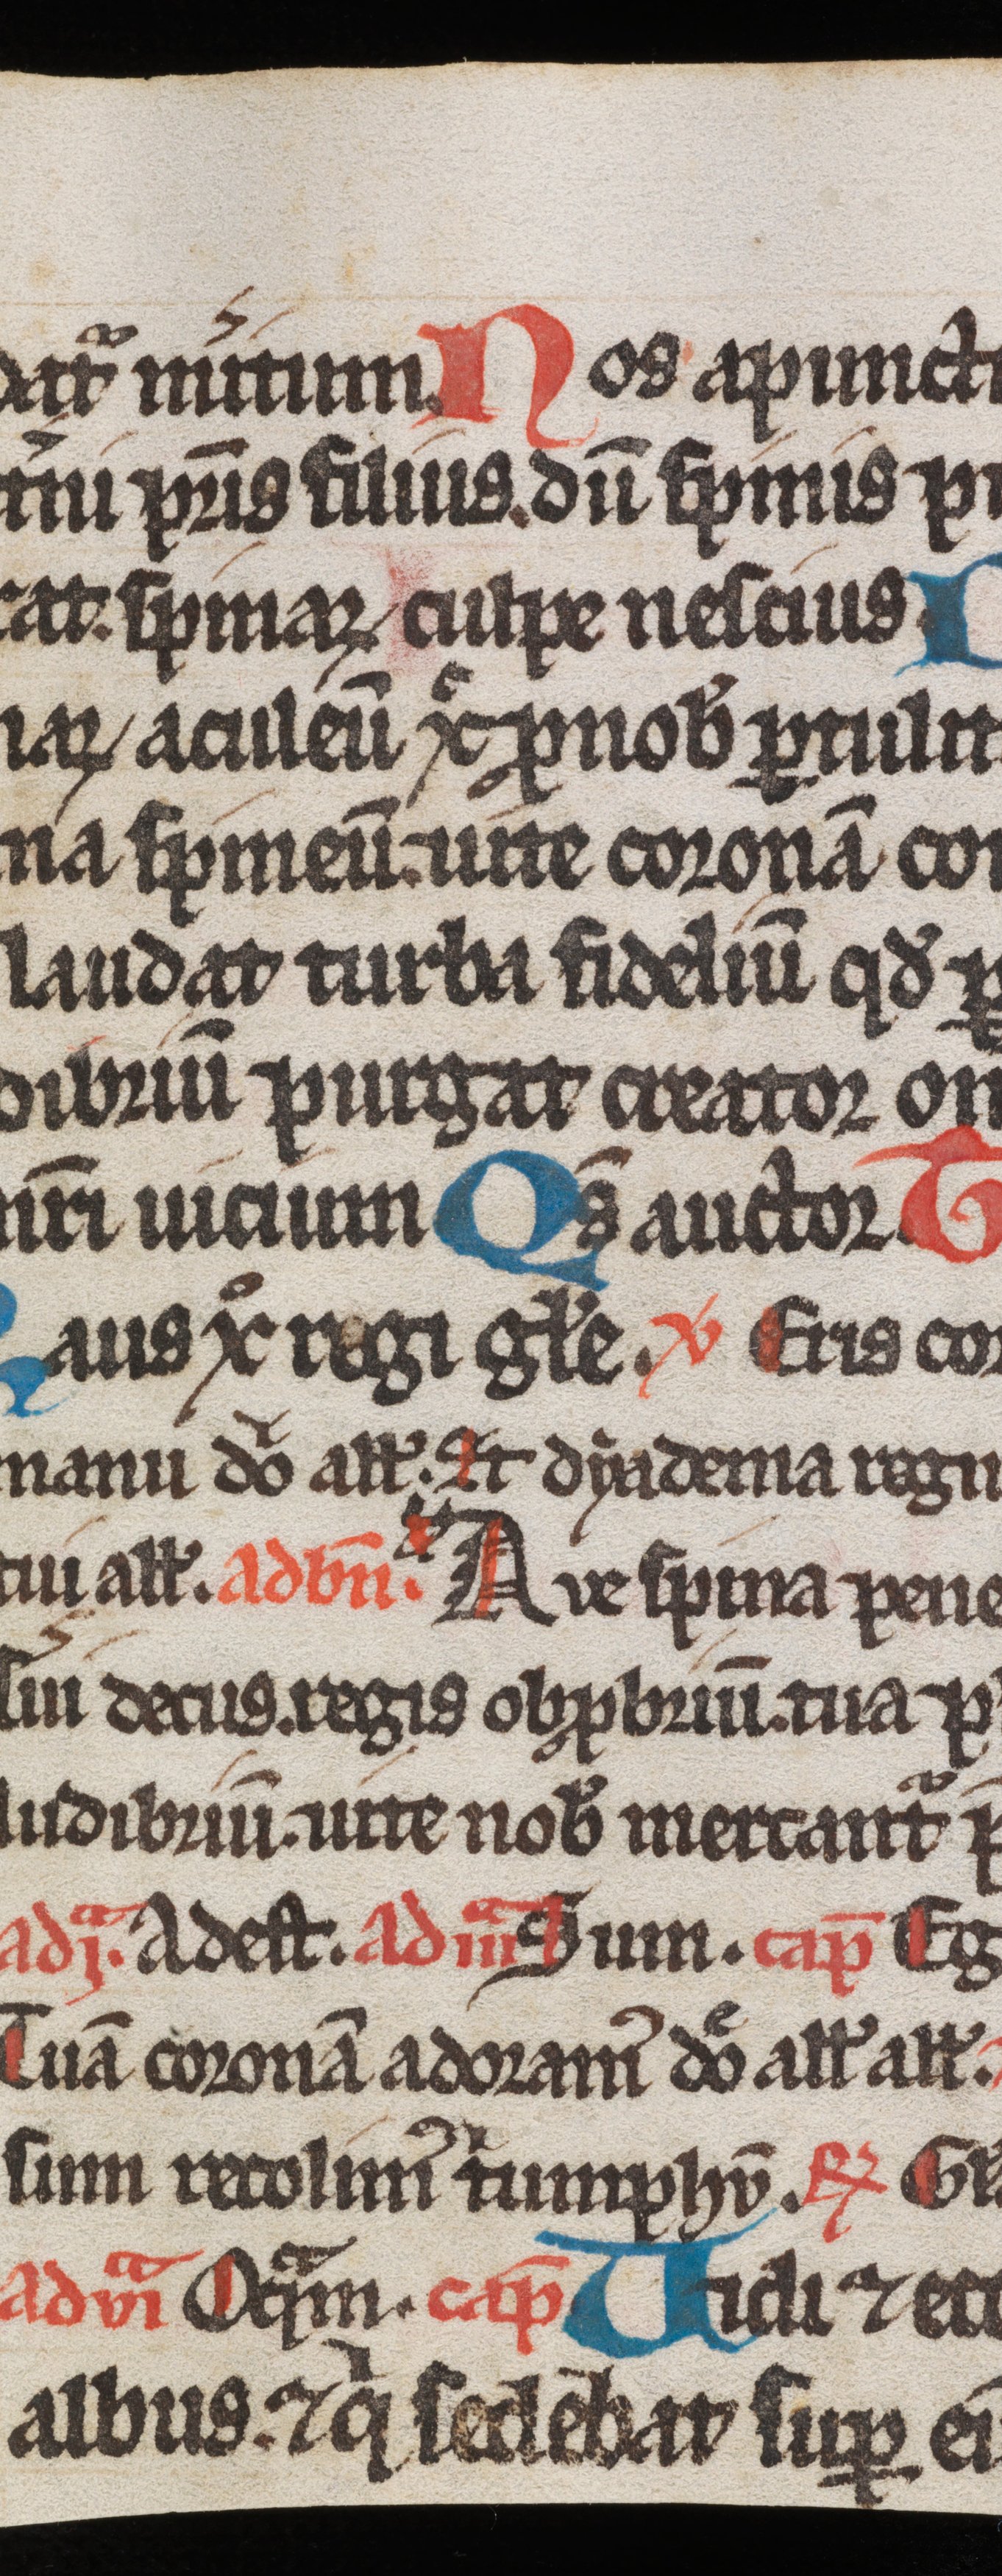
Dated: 1300–1349